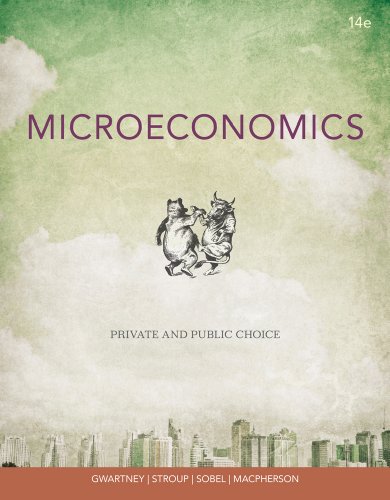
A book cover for Microeconomics: Private and Public Choice; James D. Gwartney; Business & Money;